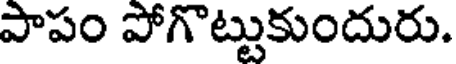
పాపం పోగొట్టుకుందురు.